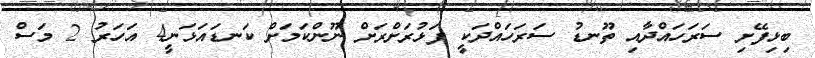
ބިޅިފޭށި ސަރަހައްދާއި ތޫނޑު ސަރަހައްދަކީ ފަޅުރަށްރަށް ނޫންކަމަށް ކަނޑައަޅަނީ4 އަހަރު 2 މަސް